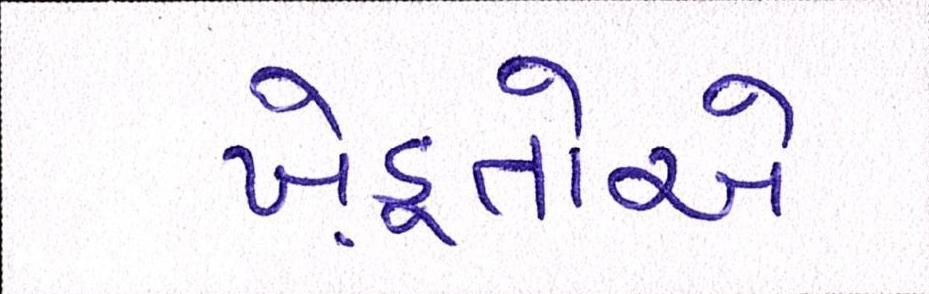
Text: ખેડ઼ૂતોએ